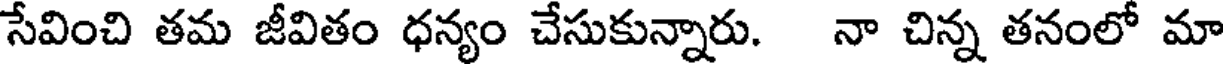
సేవించి తమ జీవితం ధన్యం చేసుకున్నారు. నా చిన్న తనంలో మా